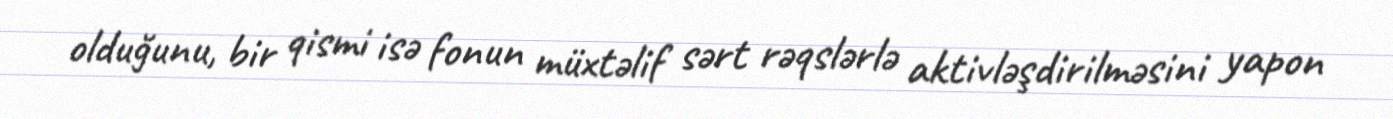
olduğunu, bir qismi isə fonun müxtəlif sərt rəqslərlə aktivləşdirilməsini yapon